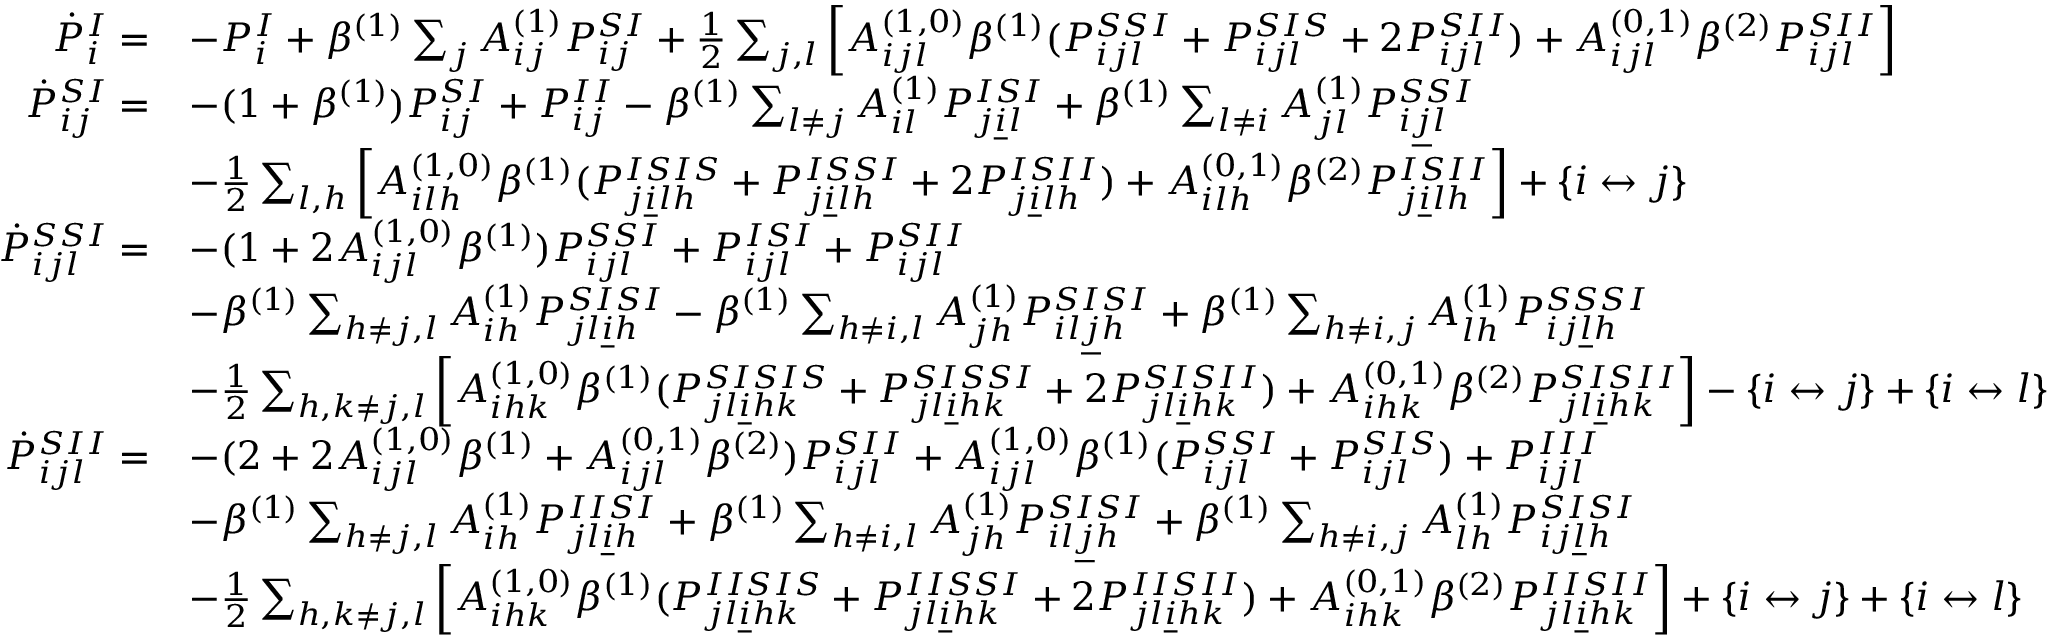
\begin{array} { r l } { \dot { P } _ { i } ^ { I } = } & { - P _ { i } ^ { I } + \beta ^ { ( 1 ) } \sum _ { j } A _ { i j } ^ { ( 1 ) } P _ { i j } ^ { S I } + \frac 1 2 \sum _ { j , l } \left[ A _ { i j l } ^ { ( 1 , 0 ) } \beta ^ { ( 1 ) } ( P _ { i j l } ^ { S S I } + P _ { i j l } ^ { S I S } + 2 P _ { i j l } ^ { S I I } ) + A _ { i j l } ^ { ( 0 , 1 ) } \beta ^ { ( 2 ) } P _ { i j l } ^ { S I I } \right] } \\ { \dot { P } _ { i j } ^ { S I } = } & { - ( 1 + \beta ^ { ( 1 ) } ) P _ { i j } ^ { S I } + P _ { i j } ^ { I I } - \beta ^ { ( 1 ) } \sum _ { l \neq j } A _ { i l } ^ { ( 1 ) } P _ { j \underline { { i } } l } ^ { I S I } + \beta ^ { ( 1 ) } \sum _ { l \neq i } A _ { j l } ^ { ( 1 ) } P _ { i \underline { { j } } l } ^ { S S I } } \\ & { - \frac 1 2 \sum _ { l , h } \left[ A _ { i l h } ^ { ( 1 , 0 ) } \beta ^ { ( 1 ) } ( P _ { j \underline { { i } } l h } ^ { I S I S } + P _ { j \underline { { i } } l h } ^ { I S S I } + 2 P _ { j \underline { { i } } l h } ^ { I S I I } ) + A _ { i l h } ^ { ( 0 , 1 ) } \beta ^ { ( 2 ) } P _ { j \underline { { i } } l h } ^ { I S I I } \right] + \{ i \leftrightarrow j \} } \\ { \dot { P } _ { i j l } ^ { S S I } = } & { - ( 1 + 2 A _ { i j l } ^ { ( 1 , 0 ) } \beta ^ { ( 1 ) } ) P _ { i j l } ^ { S S I } + P _ { i j l } ^ { I S I } + P _ { i j l } ^ { S I I } } \\ & { - \beta ^ { ( 1 ) } \sum _ { h \neq j , l } A _ { i h } ^ { ( 1 ) } P _ { j l \underline { { i } } h } ^ { S I S I } - \beta ^ { ( 1 ) } \sum _ { h \neq i , l } A _ { j h } ^ { ( 1 ) } P _ { i l \underline { { j } } h } ^ { S I S I } + \beta ^ { ( 1 ) } \sum _ { h \neq i , j } A _ { l h } ^ { ( 1 ) } P _ { i j \underline { { l } } h } ^ { S S S I } } \\ & { - \frac 1 2 \sum _ { h , k \neq j , l } \left[ A _ { i h k } ^ { ( 1 , 0 ) } \beta ^ { ( 1 ) } ( P _ { j l \underline { { i } } h k } ^ { S I S I S } + P _ { j l \underline { { i } } h k } ^ { S I S S I } + 2 P _ { j l \underline { { i } } h k } ^ { S I S I I } ) + A _ { i h k } ^ { ( 0 , 1 ) } \beta ^ { ( 2 ) } P _ { j l \underline { { i } } h k } ^ { S I S I I } \right] - \{ i \leftrightarrow j \} + \{ i \leftrightarrow l \} } \\ { \dot { P } _ { i j l } ^ { S I I } = } & { - ( 2 + 2 A _ { i j l } ^ { ( 1 , 0 ) } \beta ^ { ( 1 ) } + A _ { i j l } ^ { ( 0 , 1 ) } \beta ^ { ( 2 ) } ) P _ { i j l } ^ { S I I } + A _ { i j l } ^ { ( 1 , 0 ) } \beta ^ { ( 1 ) } ( P _ { i j l } ^ { S S I } + P _ { i j l } ^ { S I S } ) + P _ { i j l } ^ { I I I } } \\ & { - \beta ^ { ( 1 ) } \sum _ { h \neq j , l } A _ { i h } ^ { ( 1 ) } P _ { j l \underline { { i } } h } ^ { I I S I } + \beta ^ { ( 1 ) } \sum _ { h \neq i , l } A _ { j h } ^ { ( 1 ) } P _ { i l \underline { { j } } h } ^ { S I S I } + \beta ^ { ( 1 ) } \sum _ { h \neq i , j } A _ { l h } ^ { ( 1 ) } P _ { i j \underline { { l } } h } ^ { S I S I } } \\ & { - \frac 1 2 \sum _ { h , k \neq j , l } \left[ A _ { i h k } ^ { ( 1 , 0 ) } \beta ^ { ( 1 ) } ( P _ { j l \underline { { i } } h k } ^ { I I S I S } + P _ { j l \underline { { i } } h k } ^ { I I S S I } + 2 P _ { j l \underline { { i } } h k } ^ { I I S I I } ) + A _ { i h k } ^ { ( 0 , 1 ) } \beta ^ { ( 2 ) } P _ { j l \underline { { i } } h k } ^ { I I S I I } \right] + \{ i \leftrightarrow j \} + \{ i \leftrightarrow l \} } \end{array}